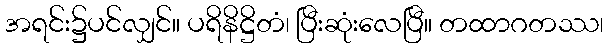
အရင်း၌ပင်လျှင်။ ပရိနိဋ္ဌိတံ၊ ပြီးဆုံးလေပြီ။ တထာဂတဿ၊